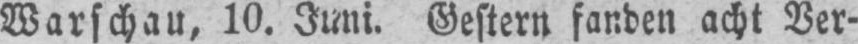
Warschau, 10. Juni. Gestern fanden acht Ver-